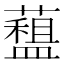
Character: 𧀽